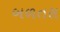
બળતરા